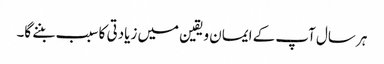
ہر سال آپ کے ایمان ویقین میں زیادتی کا سبب بننے گا۔